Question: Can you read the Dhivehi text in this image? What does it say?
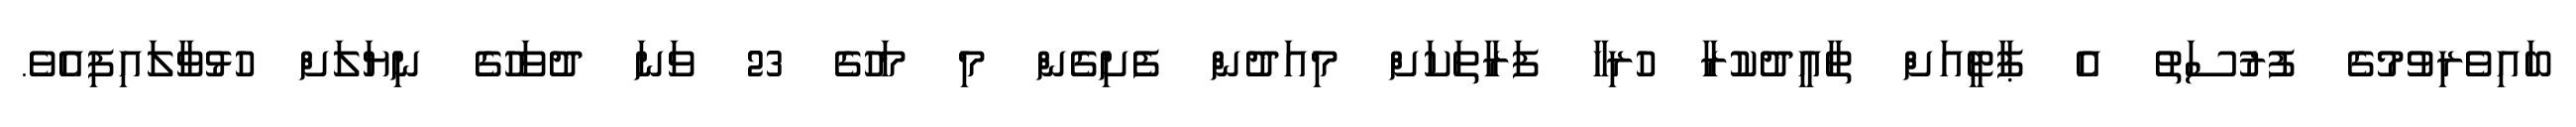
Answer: ބައިވެރިވުމުގެ ފުރުސަތު އެ ޕާޓީއަށް ތާއީދުކުރާ ހުރިހާ ފަރާތަކަށް މިއަދުން ފެށިގެން މި މަހުގެ 23 ވަނަ ދުވަހުގެ ނިޔަލަށް ހުޅުވާލައިފިއެވެ.